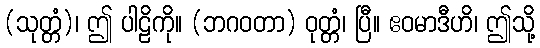
(သုတ္တံ)၊ ဤ ပါဠိကို။ (ဘဂဝတာ) ဝုတ္တံ၊ ပြီ။ ဧဝမာဒီဟိ၊ ဤသို့